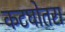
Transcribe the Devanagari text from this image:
कटघोतरा